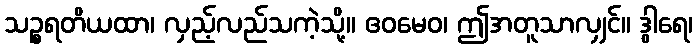
သဉ္စရတိယထာ၊ လှည့်လည်သကဲ့သို့။ ဧဝမေဝ၊ ဤအတူသာလျှင်။ ဒွါရေ၊